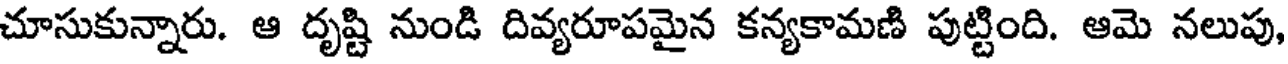
చూసుకున్నారు. ఆ దృష్టి నుండి దివ్యరూపమైన కన్యకామణి పుట్టింది. ఆమె నలుపు,